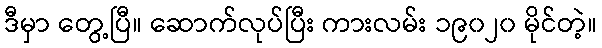
ဒီမှာ တွေ့ပြီ။ ဆောက်လုပ်ပြီး ကားလမ်း ၁၉၀၂၀ မိုင်တဲ့။